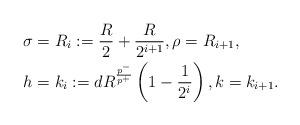
LaTeX: \begin{align*}\sigma &= R_i := \frac{R}{2} + \frac{R}{2^{i+1}}, \rho = R_{i+1}, \\h &= k_i := d R^{\frac{p^-}{p^+}} \left(1 - \frac{1}{2^i}\right), k = k_{i+1}.\end{align*}